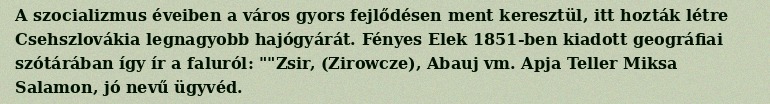
A szocializmus éveiben a város gyors fejlődésen ment keresztül, itt hozták létre Csehszlovákia legnagyobb hajógyárát. Fényes Elek 1851-ben kiadott geográfiai szótárában így ír a faluról: ""Zsir, (Zirowcze), Abauj vm. Apja Teller Miksa Salamon, jó nevű ügyvéd.